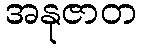
အနုဇာတ